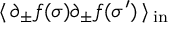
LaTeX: \: \langle \, \partial _ { \pm } f ( \sigma ) \partial _ { \pm } f ( \sigma ^ { \prime } ) \, \rangle \, _ { \mathrm { { i n } } } \: